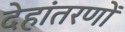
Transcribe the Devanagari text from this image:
देहांतरणों